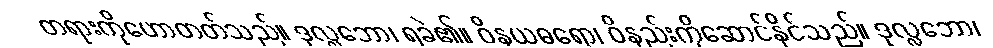
တရားကိုဟောတတ်သည်။ ဒုလ္လဘော၊ ရခဲ၏။ ဝိနယဓရော၊ ဝိနည်းကိုဆောင်နိုင်သည်။ ဒုလ္လဘော၊